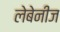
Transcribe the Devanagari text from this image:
लेबेनीज